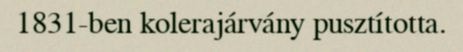
1831-ben kolerajárvány pusztította.